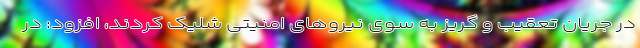
در جریان تعقیب و گریز به سوی نیروهای امنیتی شلیک کردند، افزود: در